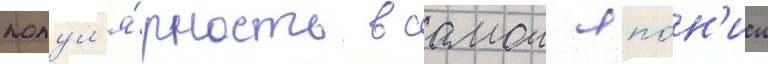
попул'я́рность в самои япо́н'ии